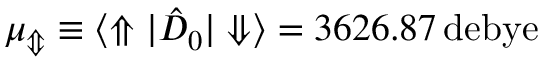
\mu _ { \Updownarrow } \equiv { \langle \Uparrow | \hat { D } _ { 0 } | \Downarrow \rangle } = 3 6 2 6 . 8 7 \, \mathrm { d e b y e }